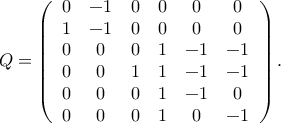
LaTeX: Q = \left( \begin{array} { c c c c c c r } { { 0 } } & { { - 1 } } & { { 0 } } & { { 0 } } & { { 0 } } & { { 0 } } \\ { { 1 } } & { { - 1 } } & { { 0 } } & { { 0 } } & { { 0 } } & { { 0 } } \\ { { 0 } } & { { 0 } } & { { 0 } } & { { 1 } } & { { - 1 } } & { { - 1 } } \\ { { 0 } } & { { 0 } } & { { 1 } } & { { 1 } } & { { - 1 } } & { { - 1 } } \\ { { 0 } } & { { 0 } } & { { 0 } } & { { 1 } } & { { - 1 } } & { { 0 } } \\ { { 0 } } & { { 0 } } & { { 0 } } & { { 1 } } & { { 0 } } & { { - 1 } } \end{array} \right) .